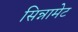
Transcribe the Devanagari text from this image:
सिन्नामेट